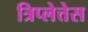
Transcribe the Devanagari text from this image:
त्रिप्लेत्तेस